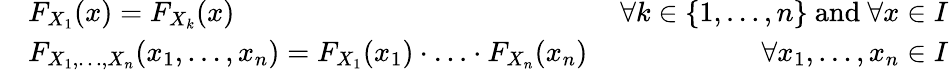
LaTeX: {\begin{array}{rlr}&{F_{X_{1}}(x)=F_{X_{k}}(x)\, }&{\forall k\in\{ 1,\ldots,n\} {\mathrm{~and~}}\forall x\in I}\\ &{F_{X_{1},\ldots,X_{n}}(x_{1},\ldots,x_{n})=F_{X_{1}}(x_{1})\cdot\ldots\cdot F_{X_{n}}(x_{n})\, }&{\forall x_{1},\ldots,x_{n}\in I}\end{array}}